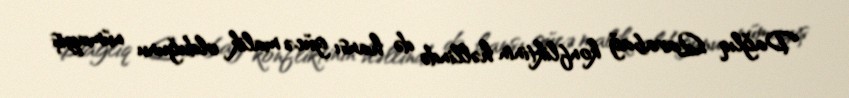
Dağlıq Qarabağ konfliktinin həllində də hansı gücə malik olduğunu nümayiş